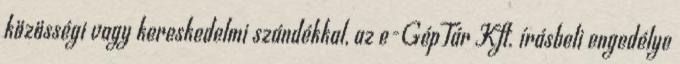
közösségi vagy kereskedelmi szándékkal, az e-GépTár Kft. írásbeli engedélye